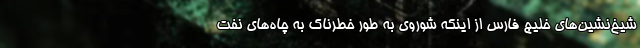
شیخ‌نشین‌های خلیج فارس از اینکه شوروی به طور خطرناک به چاه‌های نفت